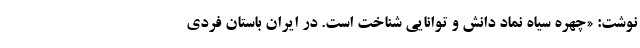
نوشت:‌ «چهره سیاه نماد دانش و توانایی شناخت است. در ایران باستان فردی